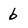
Character: b